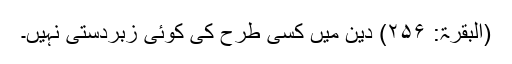
(البقرۃ: ۲۵۶) دین میں کسی طرح کی کوئی زبردستی نہیں۔